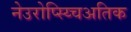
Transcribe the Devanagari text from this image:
नेउरोप्स्य्चिअतिक